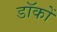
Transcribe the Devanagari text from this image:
डॉकों